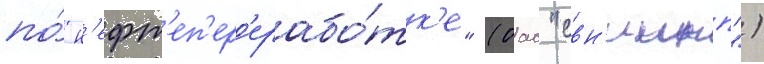
по́ н'ефт'еп'ер'ерабо́тк'е" (оао "свн'иинп")